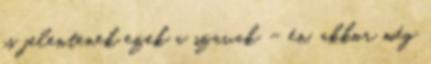
is jelentenek ezek a szavak – én, akkor még